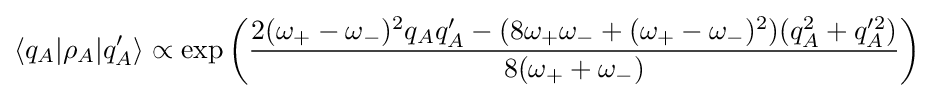
\langle q_{A}|\rho _{A}|q_{A}'\rangle \propto \exp \left({\frac {2(\omega _{+}-\omega _{-})^{2}q_{A}q_{A}'-(8\omega _{+}\omega _{-}+(\omega _{+}-\omega _{-})^{2})(q_{A}^{2}+q_{A}'^{2})}{8(\omega _{+}+\omega _{-})}}\right)